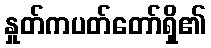
နှုတ်ကပတ်တော်ရှိ၏